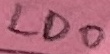
Text: LDO